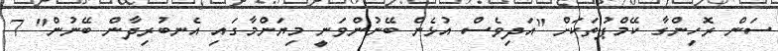
ސަން ރޮހިންގާ ކޭމްޕުތަކަށް "އަދިވެސް އުޅެން ބޭނުންވަނީ މިޔަންމާގައި އެނބުރިދާން ބޭނުން" 7